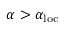
\alpha > \alpha _ { \mathrm { l o c } }